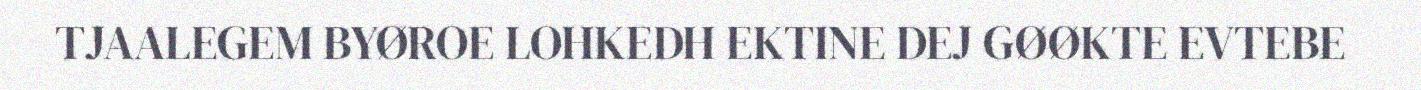
TJAALEGEM BYØROE LOHKEDH EKTINE DEJ GØØKTE EVTEBE